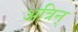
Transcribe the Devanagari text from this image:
अत्रिन्